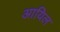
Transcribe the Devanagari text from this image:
आयिल